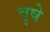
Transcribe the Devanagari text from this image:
वृषे